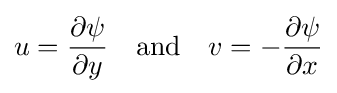
u={\frac {\partial \psi }{\partial y}}\quad {\textrm {and}}\quad v=-{\frac {\partial \psi }{\partial x}}